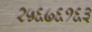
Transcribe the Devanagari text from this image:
२५६७६१६३